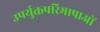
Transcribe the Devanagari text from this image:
उपर्युक्तपरिभाषाओं